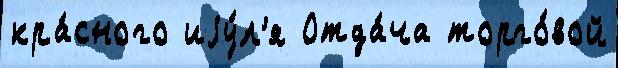
кра́сного иjу́л'я Отда́ча торго́вой